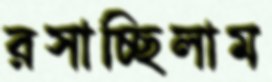
রসাচ্ছিলাম